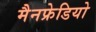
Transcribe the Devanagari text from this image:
मैनफ्रेडियो